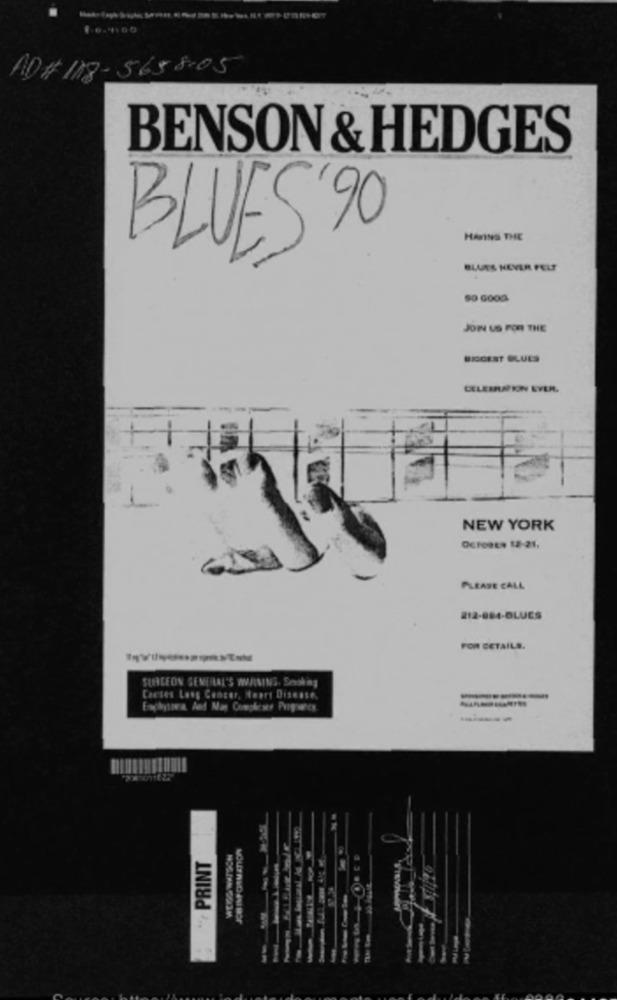
AD# 118-5658-05
BENSON & HEDGES
BLUES '90
HANS THE
BLUES NEVER FELT
JOIN US FOR THE
BISCEST BLUES
CELERUPION EVER.
H
NEW YORK
Ocreate 12-21,
PLEASE CALL
212-884-BLUES
FOR DETAILS.
SURGEON GENERAL'S WAINING. Seookmg
Causes Lung Cancer, Heart Disease.
--
PRINT
MOUFRID ANI BOR